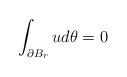
LaTeX: \begin{align*}\int_{\partial B_r} u d\theta=0\end{align*}